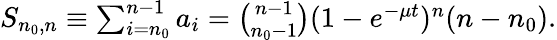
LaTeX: \begin{array}{r}{S_{n_{0},n}\equiv\sum_{i=n_{0}}^{n-1}a_{i}={\binom{n-1}{n_{0}-1}}(1-e^{-\mu t})^{n}(n-n_{0}).}\end{array}